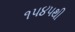
૧૫૪૫થી